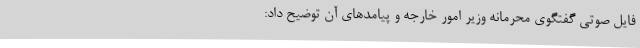
فایل صوتی گفتگوی محرمانه وزیر امور خارجه و پیامدهای آن توضیح داد: